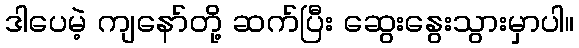
ဒါပေမဲ့ ကျနော်တို့ ဆက်ပြီး ဆွေးနွေးသွားမှာပါ။